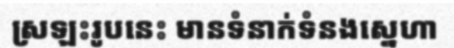
ស្រឡះរូបនេះ មានទំនាក់ទំនងស្នេហា